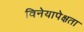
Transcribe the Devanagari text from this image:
विनेयापेक्षता